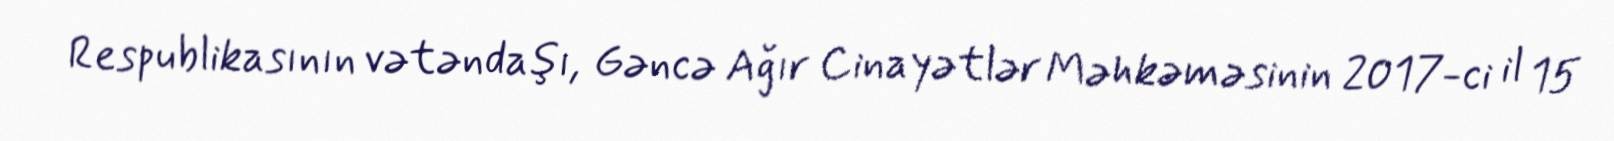
Respublikasının vətəndaşı, Gəncə Ağır Cinayətlər Məhkəməsinin 2017-ci il 15